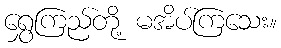
ရွှေကြည်တို့ မအိပ်ကြသေး။